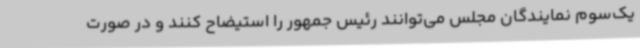
یک‌سوم نمایندگان مجلس می‌توانند رئیس جمهور را استیضاح کنند و در صورت